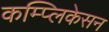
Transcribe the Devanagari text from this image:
कम्प्लिकेसन